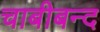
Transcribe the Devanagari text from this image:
चाबीबन्द